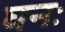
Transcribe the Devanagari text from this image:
घनः